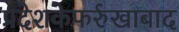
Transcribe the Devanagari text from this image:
प्रदेशकेफर्रुखाबाद